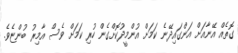
ގޮތެއް އޭނާއަށް އަންގައިދޭނެ ކަމަށް އުންމީދުކޮށްގެން ހުރި ކަމަށް ވެސް އާމިރު ބުންޏެވެ.